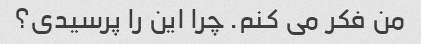
من فکر می کنم. چرا این را پرسیدی؟